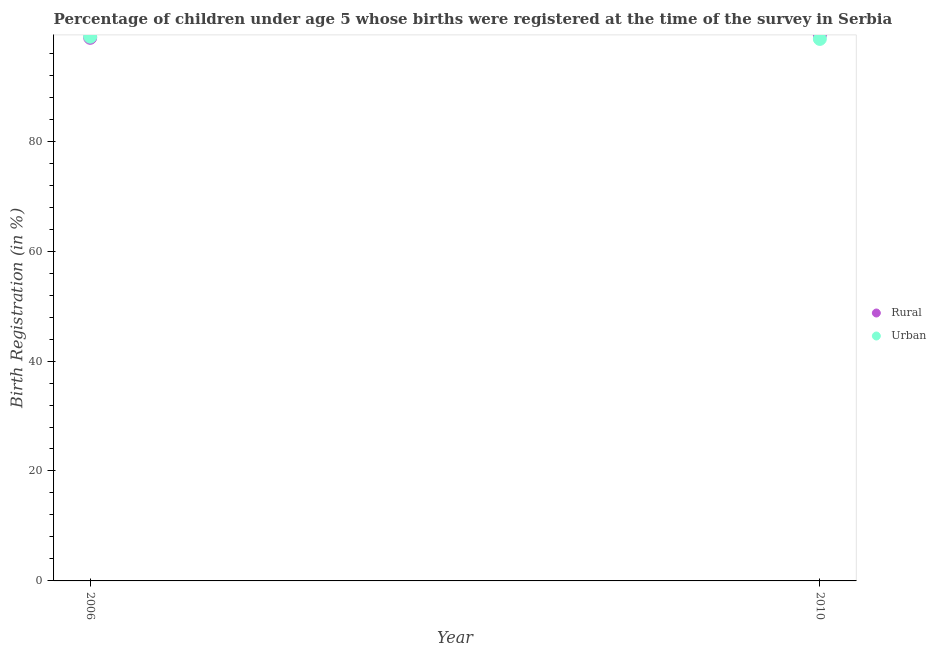
| Year | Rural | Urban |
 | --- | --- | --- |
 | 2006 | 98.8 | 99 |
 | 2010 | 99.3 | 98.6 |